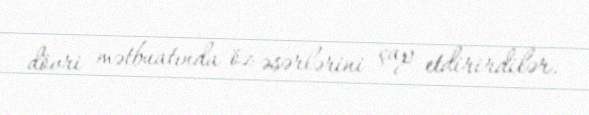
dövri mətbuatında öz əsərlərini çap etdirirdilər.